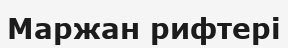
Маржан рифтері